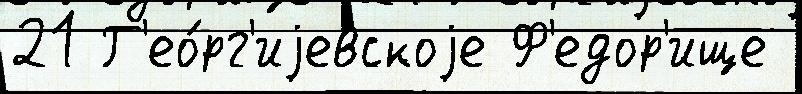
21 Г'ео́рг'иjевскоjе Ф'едор'ище